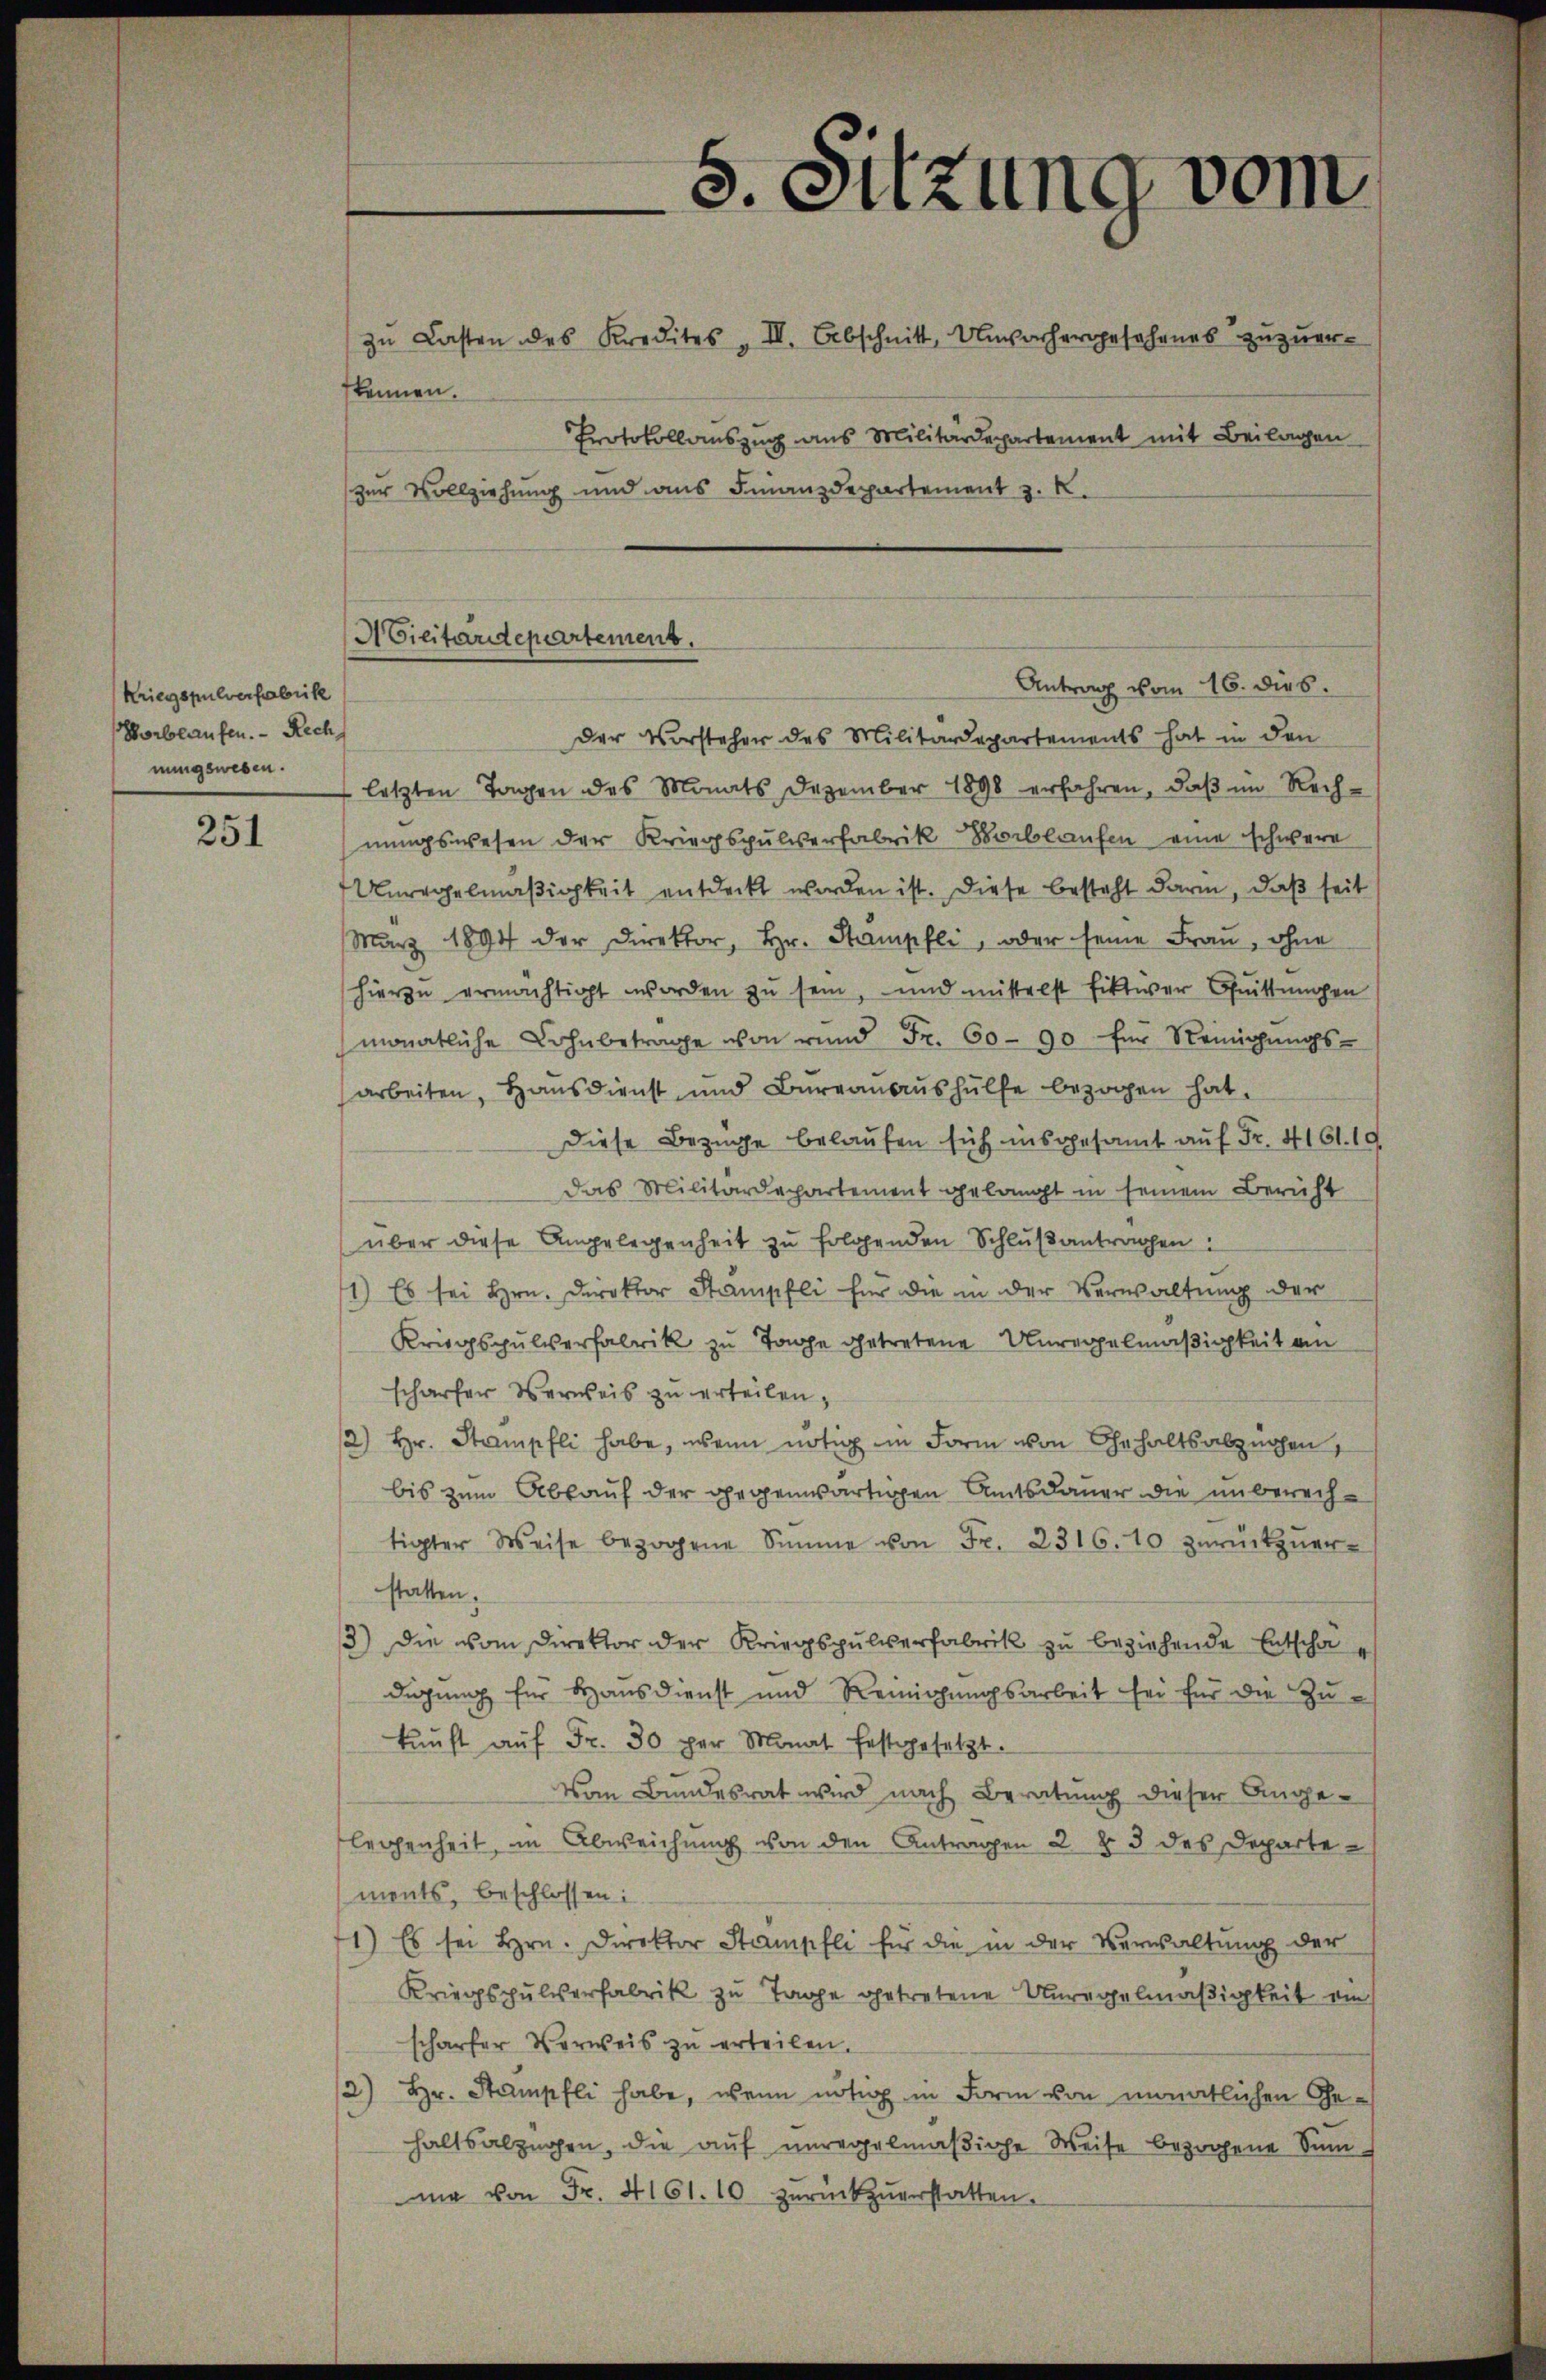
Kriegspulverfabrik
Worblaufen. Rech
nungswesen.

251

zŭ Lasten des Kredites III. Abschnitt, Unvorhergesehenes zŭzŭer-
kennen.
Protokollauszug aus Militärdepartement mit Beilagen
zur Vollziehung und aus Finanzdepartement z. K.
der Vorsteher des Militärdepartements hat in den
letzten Tagen des Monats Dezember 1898 erfahren, daβ im Rech-
nungswesen der Kriegspulverfabrik Boblaufen eine schwere
Anregelmäßigkeit entdeckt worden ist. Diese besteht darin, daß seit
März 1894 der Direktor, hr. Stampfli, oder seine Frau, ohne
hierzu ermächtigt worden zu sein, und mittelst fiktiver Guittungen
monatliche Lohnbetrage von rund Fr. 60 - 90 für Reinigŭngs-
arbeiten, Hausdienst und Bureanaushülfe bezogen hat.
Diese Bezuge belaufen sich insgesamt auf Fr. 4161. 19
das Militärdepartement gelangt in seinem Bericht
über diese Angelegenheit zu folgenden Schlußantragen:
1) Es sei Hrn. Direktor Stampfli für die in der Verwaltung der
Kriegspulverfabrik zu Tage getretene Unregelmäßigkeit ain
schärfer Verweis zu erteilen,
/2) Hr. Stampfli habe, wenn nötig in Form von Gehaltsabzügen,
bis zum Abkauf der gegenwärtigen Amtsdauer die unberechtigter Weise bezogene Simme von Fr. 2316. 10 zŭrückzŭer-
statten.
3) die vom Direktor der Kriegspulverfabrik zŭ beziehende Entschädigung für Hausdienst und Reinigungsarbeit sei für die Zukŭnft aŭf Fr. 30 per Monat festgesetzt.
Vom Bundesrat wird nach Beratung dieser Angelegenheit, in Abweichung von den Antragen 2 § 3 des Departe
ments, beschlossen:
1) Es sei hrn. Direktor Stampfli für die in der Verwaltŭng der
Kriegspulverfabrik zu Tage getretene Unregelmäßigkeit ein
schärfer Verweis zu erteilen.
2) Hr. Stampfli habe, wenn nötig in Form von monatlichen Gehaltsalzügen, die auf unregelmäβige Weise bezogene Summa von Fr. 4161. 10 zŭrückzŭverstatten.

s. Sitzung vom

AGicitardepartement.
Antrag vom 16. dies.